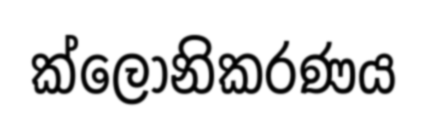
ක්ලෝනිකරණය